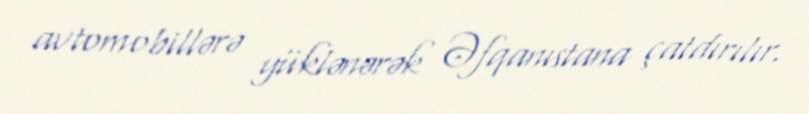
avtomobillərə yüklənərək Əfqanıstana çatdırılır.